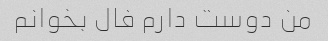
من دوست دارم فال بخوانم